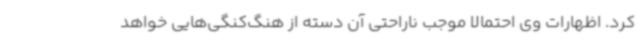
کرد. اظهارات وی احتمالاً موجب ناراحتی آن دسته از هنگ‌کنگی‌هایی خواهد